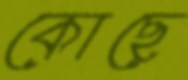
কোছে